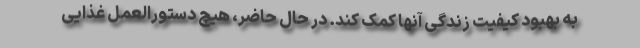
به بهبود کیفیت زندگی آنها کمک کند. در حال حاضر، هیچ دستورالعمل غذایی